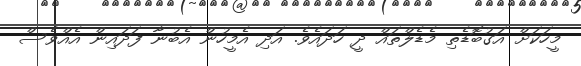
މީހަކަށް އަގުބޮޑެތި މެޑެލްތައް ދީ ހަދައެވެ. އަދި އެމީހުން އެބުނާ ފަދައިން އެއްވެސް